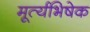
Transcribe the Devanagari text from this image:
मूर्त्यभिषेक